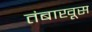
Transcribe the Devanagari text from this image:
तंबाखूस